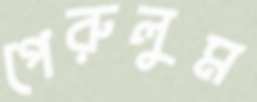
পেরুলুম